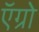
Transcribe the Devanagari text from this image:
ऍग्रो